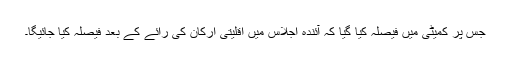
جس پر کمیٹی میں فیصلہ کیا گیا کہ آئندہ اجلاس میں اقلیتی ارکان کی رائے کے بعد فیصلہ کیا جائیگا۔